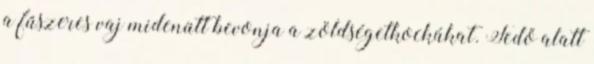
a fűszeres vaj midenütt bevonja a zöldségetkockákat. Fedő alatt